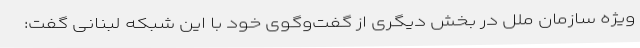
ویژه سازمان ملل در بخش دیگری از گفت‌وگوی خود با این شبکه لبنانی گفت: